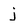
Character: j